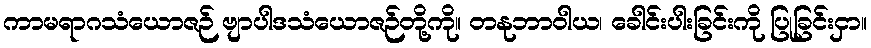
ကာမရာဂသံယောဇဉ် ဗျာပါဒသံယောဇဉ်တို့ကို။ တနုဘာဝါယ၊ ခေါင်းပါးခြင်းကို ပြုခြင်းငှာ။